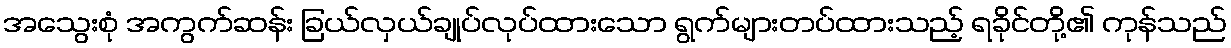
အသွေးစုံ အကွက်ဆန်း ခြယ်လှယ်ချုပ်လုပ်ထားသော ရွက်များတပ်ထားသည့် ရခိုင်တို့၏ ကုန်သည်